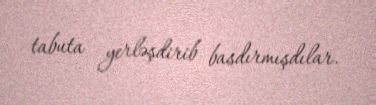
tabuta yerləşdirib basdırmışdılar.